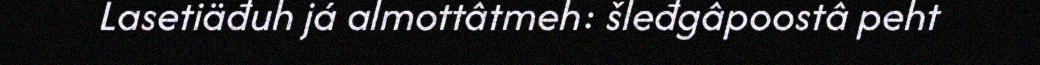
Lasetiäđuh já almottâtmeh: šleđgâpoostâ peht